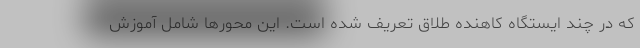
که در چند ایستگاه کاهنده طلاق تعریف شده است. این محورها شامل آموزش